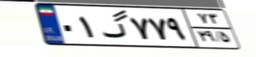
۲۱گ۰۱۷۷۱